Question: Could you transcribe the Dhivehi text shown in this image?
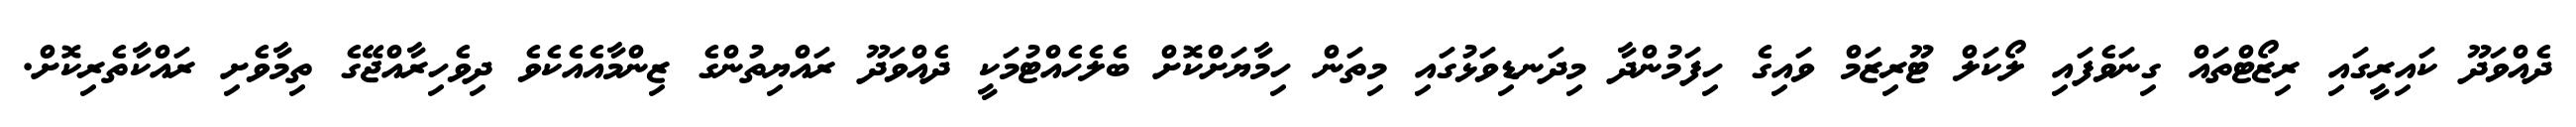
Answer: ދެއްވަދޫ ކައިރީގައި ރިޒޯޓްތައް ގިނަވެފައި ލޯކަލް ޓޫރިޒަމް ވައިގެ ހިފަމުންދާ މިދަނޑިވަޅުގައި މިތަން ހިމާޔަށްކޮށް ބެލެހެއްޓުމަކީ ދެއްވަދޫ ރައްޔިތުންގެ ޒިންމާއެއެކެވެ ދިވެހިރާއްޖޭގެ ތިމާވެށި ރައްކާތެރިކޮށް.